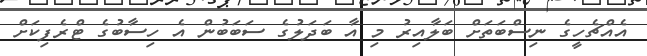
އެއްޗެހީގެ ނިސްބަތަށް ބަލާއިރު މި އާ ބަދަލުގެ ސަބަބުން އެ ހިސާބުގެ ޓްރެފިކަށް